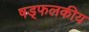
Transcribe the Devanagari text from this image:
षड्फलकीय